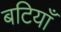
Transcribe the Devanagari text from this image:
बटियाँ